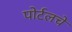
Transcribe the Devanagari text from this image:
पोर्टलचे